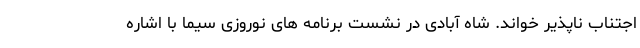
اجتناب ناپذیر خواند. شاه آبادی در نشست برنامه های نوروزی سیما با اشاره